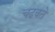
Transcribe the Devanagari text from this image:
चढवते